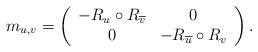
LaTeX: \begin{align*}m_{u,v}= \left(\begin{array}{cc}-R_{u} \circ R_{\overline v} & 0\\ 0& -R_{\overline u} \circ R_v \end{array}\right) .\end{align*}